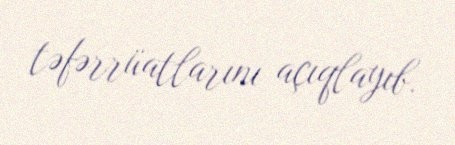
təfərrüatlarını açıqlayıb.